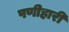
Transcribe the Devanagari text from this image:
पणीहारी